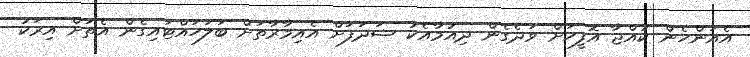
އެއަންހެން ކުއްޖާ އޮފީހަށް ވަދެގެން ދިއުމާއެކު ޝަދަފަށް އެއިމާރާތަށް ބަލަހައްޓައިގެން އެތަށް އިރަކު